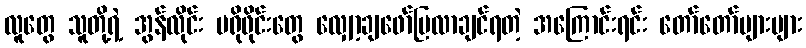
လူတွေ သူတို့ရဲ့ အွန်လိုင်း ပရိုဖိုင်းတွေ လျှော့ချဖော်ပြလာချင်ရတဲ့ အကြောင်းရင်း တော်တော်များများ